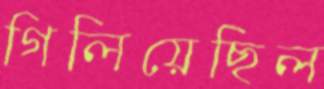
গিলিয়েছিল